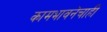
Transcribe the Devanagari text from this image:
कामभावनेचाही